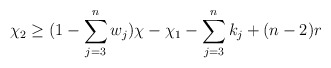
\begin{align*}\chi_2 \geq (1 -\sum\limits_{j = 3}^n w_j)\chi - \chi_1 - \sum\limits_{j =3}^n k_j +(n-2)r\end{align*}